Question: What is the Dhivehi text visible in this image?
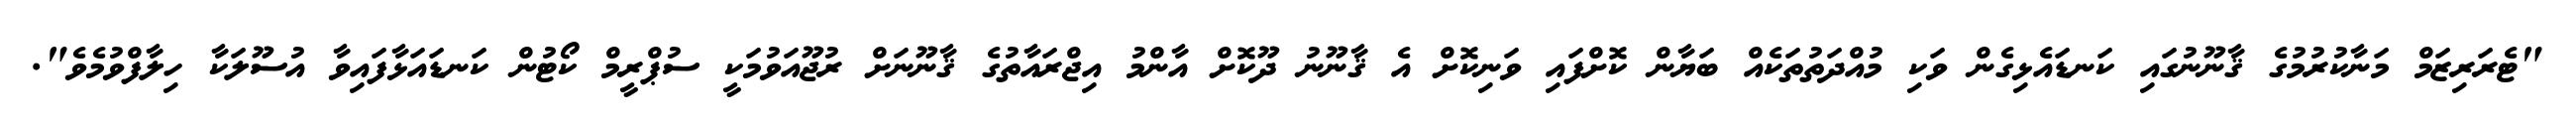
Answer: "ޓެރަރިޒަމް މަނާކުރުމުގެ ޤާނޫނުގައި ކަނޑައެޅިގެން ވަކި މުއްދަތުތަކެއް ބަޔާން ކޮށްފައި ވަނިކޮށް އެ ޤާނޫނު ދޫކޮށް އާންމު އިޖްރައާތުގެ ޤާނޫނަށް ރުޖޫއަވުމަކީ ސުޕްރީމް ކޯޓުން ކަނޑައަޅާފައިވާ އުސޫލަކާ ހިލާފްވުމެވެ".